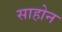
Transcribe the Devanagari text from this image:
साहोन